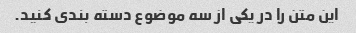
این متن را در یکی از سه موضوع دسته بندی کنید.